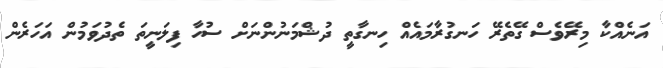
އަނެއްކާ މިރޭވެސް ގޭތެރޭ ހަނގުރާމައެއް ހިނގާތީ ދުޝްމަނުންނަށް ސުހާ ފިލަނީތަ ތެދުވަމުން އަހަރެން